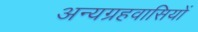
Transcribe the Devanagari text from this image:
अन्यग्रहवासियों